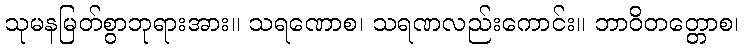
သုမနမြတ်စွာဘုရားအား။ သရဏောစ၊ သရဏလည်းကောင်း။ ဘာဝိတတ္တောစ၊